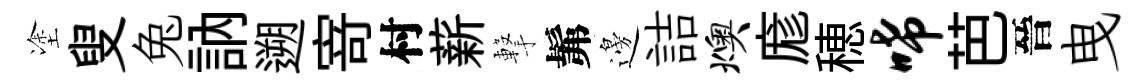
塗叟兔訥遡𭔃村薪撃髴邊詰燠庬穂唏芭晉曳